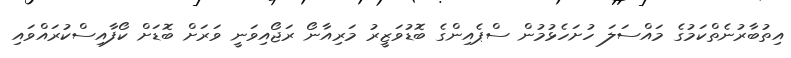
އިތުބާރުނެތްކަމުގެ މައްސަލަ ހުށަހެޅުމުން ސްޕެއިންގެ ބޮޑުވަޒީރު މަރިއާނޯ ރަޖޯއިވަނީ ވަރަށް ބޮޑަށް ކޯފާއިސްކުރައްވައި